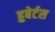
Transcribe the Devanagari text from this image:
हुबेर्टस